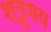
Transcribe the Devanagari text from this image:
शत्रुभय